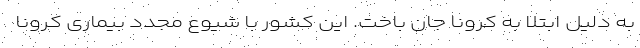
به دلیل ابتلا به کرونا جان باخت. این کشور با شیوع مجدد بیماری کرونا